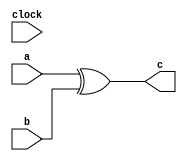


module function_syntax (clock, a, b, c );

input clock;
input a;
input b;
output c;


//range of function xor_them returns a wire
function [1:1] xor_them;
input x;
input y;
reg regz;

	begin
		xor_them = x ^ y;
	end
endfunction

assign c = xor_them(a,b);

endmodule